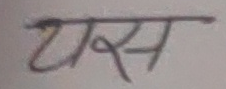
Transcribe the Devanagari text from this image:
बस